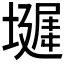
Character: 𪤞